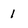
Character: 1